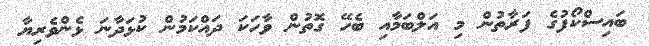
ބައިސްކޯފުގެ ފަރާތުން މި އަލްބަމާއި ބެހޭ ގޮތުން ވާހަކަ ދައްކަމުން ކުޅަދާނަ ޅެންވެރިޔާ